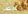
معطل